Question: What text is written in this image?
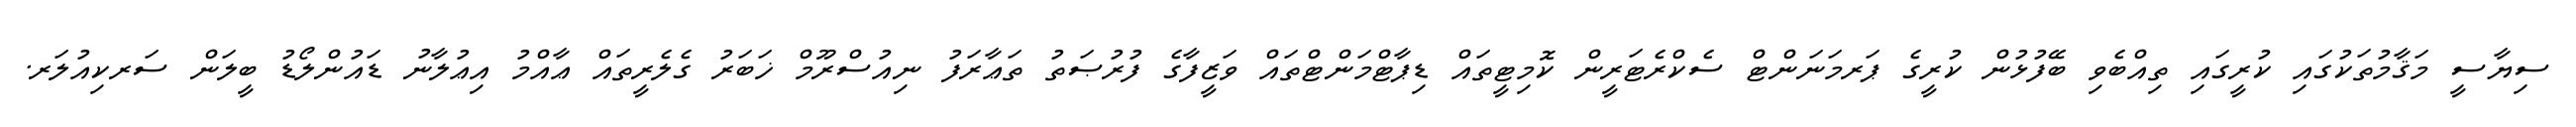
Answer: ސިޔާސީ މަޤާމުތަކުގައި ކުރީގައި ތިއްބެވި ބޭފުޅުން ކުރީގެ ޕަރމަނަންޓް ސެކްރެޓަރީން ކޮމިޓީތައް ޑިޕާޓްމަންޓްތައް ވަޒީފާގެ ފުރުޞަތު ތަޢާރަފު ނިއުސްރޫމް ޚަބަރު ގެލެރީތައް ޢާއްމު އިޢުލާނު ޑައުންލޯޑު ބީލަން ސަރކިއުލަރ.